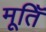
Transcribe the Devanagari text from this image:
मूतिॅ